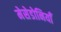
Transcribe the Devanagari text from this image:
मेसेडोनियाँ